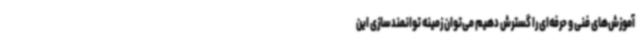
آموزش‌های فنی و حرفه‌ای را گسترش دهیم می‌توان زمینه توانمندسازی این